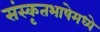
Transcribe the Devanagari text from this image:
संस्कृतभाषेमध्ये